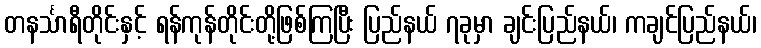
တနင်္သာရီတိုင်းနှင့် ရန်ကုန်တိုင်းတို့ဖြစ်ကြပြီး ပြည်နယ် ၇ခုမှာ ချင်းပြည်နယ်၊ ကချင်ပြည်နယ်၊